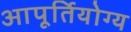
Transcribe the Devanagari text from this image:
आपूर्तियोग्य